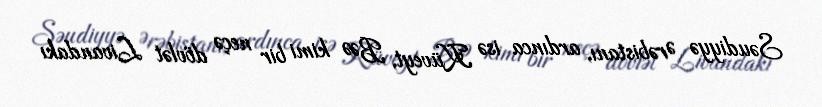
Səudiyyə Ərəbistanı, ardınca isə Küveyt, BƏƏ kimi bir neçə dövlət Livandakı